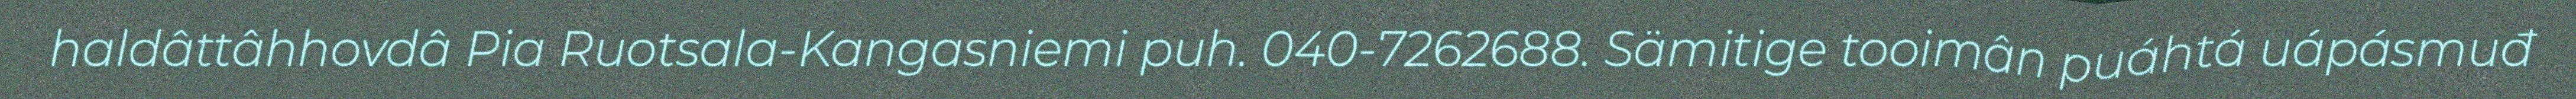
haldâttâhhovdâ Pia Ruotsala-Kangasniemi puh. 040-7262688. Sämitige tooimân puáhtá uápásmuđ